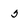
Character: 5